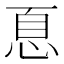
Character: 𢚧